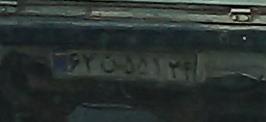
۶۲ن۵۵۱۳۴